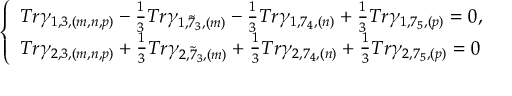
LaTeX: \left\{ \begin{array} { l } { { T r \gamma _ { 1 , 3 , ( m , n , p ) } - \frac { 1 } { 3 } T r \gamma _ { 1 , \tilde { 7 } _ { 3 } , ( m ) } - \frac { 1 } { 3 } T r \gamma _ { 1 , 7 _ { 4 } , ( n ) } + \frac { 1 } { 3 } T r \gamma _ { 1 , 7 _ { 5 } , ( p ) } = 0 , } } \\ { { T r \gamma _ { 2 , 3 , ( m , n , p ) } + \frac { 1 } { 3 } T r \gamma _ { 2 , \tilde { 7 } _ { 3 } , ( m ) } + \frac { 1 } { 3 } T r \gamma _ { 2 , 7 _ { 4 } , ( n ) } + \frac { 1 } { 3 } T r \gamma _ { 2 , 7 _ { 5 } , ( p ) } = 0 } } \end{array} \right.